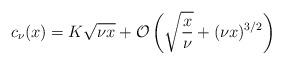
LaTeX: \begin{align*}c_\nu(x) = K\sqrt{\nu x} + \mathcal{O}\left(\sqrt{\frac{x}{\nu}}+(\nu x)^{3/2}\right)\end{align*}